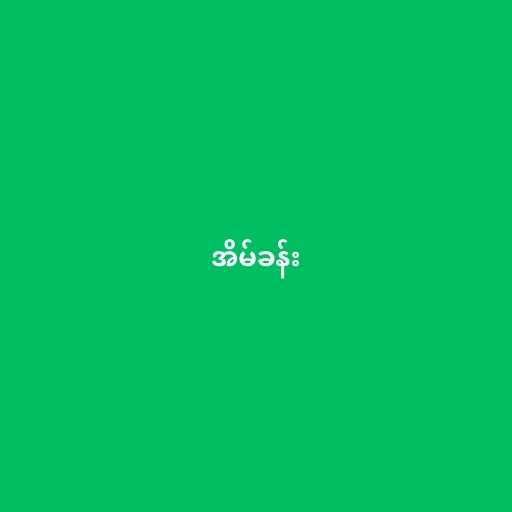
အိမ်ခန်း